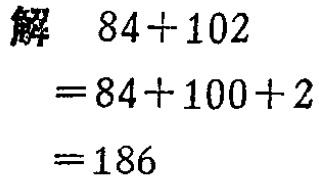
```
解 \(84 + 102\)
\(= 84+100 + 2\)
\(= 186\)
```